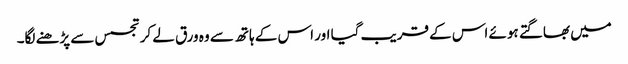
میں بھاگتے ہوئے اس کے قریب گیا اور اس کے ہاتھ سے وہ ورق لے کر تجسس سے پڑھنے لگا۔